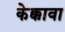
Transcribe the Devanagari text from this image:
केक्कावा